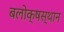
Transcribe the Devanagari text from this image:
बलोक्षस्थान